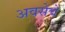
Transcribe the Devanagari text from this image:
अवसेचे